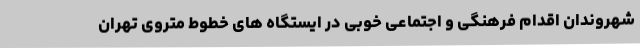
شهروندان اقدام فرهنگی و اجتماعی خوبی در ایستگاه های خطوط متروی تهران